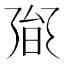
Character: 𭥟